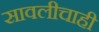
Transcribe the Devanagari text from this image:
सावलीचाही